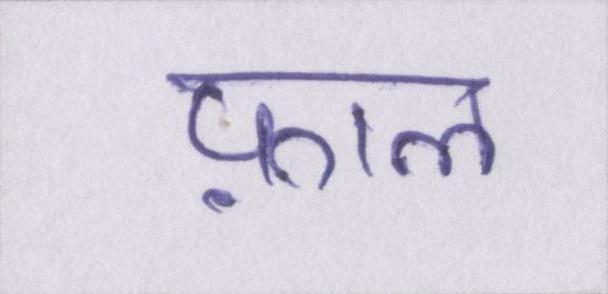
फ़ाल